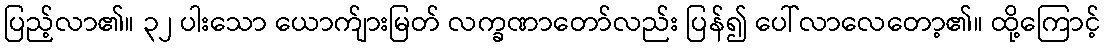
ပြည့်လာ၏။ ၃၂ ပါးသော ယောက်ျားမြတ် လက္ခဏာတော်လည်း ပြန်၍ ပေါ်လာလေတော့၏။ ထို့ကြောင့်